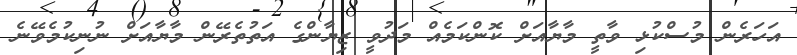
އަހަރެން މުސްކުޅި ވާތީ މާޔާއަށް ކޮންކަމެއް މަދުވީ ޒިޔާންގެ އަތުތެރޭން މާޔާއަށް ނުނިކުމެވޭނެ